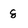
Character: 8